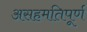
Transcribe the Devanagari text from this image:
असहमतिपूर्ण